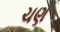
ચણ